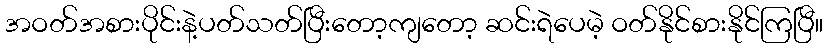
အဝတ်အစားပိုင်းနဲ့ပတ်သတ်ပြီးတော့ကျတော့ ဆင်းရဲပေမဲ့ ဝတ်နိုင်စားနိုင်ကြပြီ။